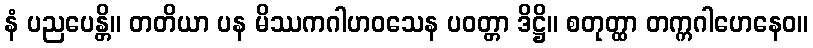
နံ ပညပေန္တိ။ တတိယာ ပန မိဿကဂါဟဝသေန ပဝတ္တာ ဒိဋ္ဌိ။ စတုတ္ထာ တက္ကဂါဟေနေဝ။